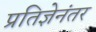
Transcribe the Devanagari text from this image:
प्रतिज्ञेनंतर